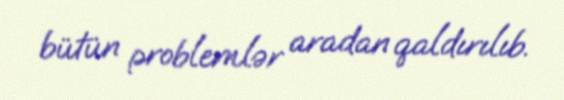
bütün problemlər aradan qaldırılıb.